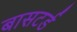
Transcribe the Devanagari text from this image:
बासटर्ड